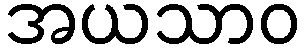
အယသာဝ